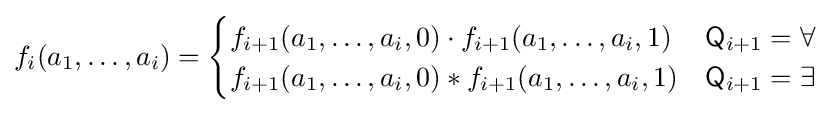
f_{i}(a_{1},\dots ,a_{i})={\begin{cases}f_{i+1}(a_{1},\dots ,a_{i},0)\cdot f_{i+1}(a_{1},\dots ,a_{i},1)&{\mathsf {Q}}_{i+1}=\forall \\f_{i+1}(a_{1},\dots ,a_{i},0)*f_{i+1}(a_{1},\dots ,a_{i},1)&{\mathsf {Q}}_{i+1}=\exists \end{cases}}